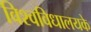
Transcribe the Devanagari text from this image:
विश्वविधालयके